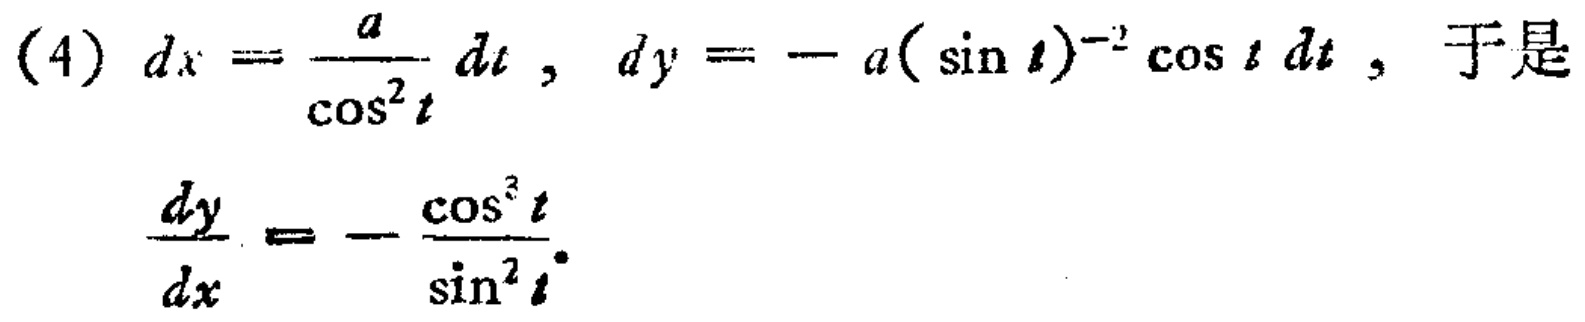
(4) \(dx = \frac{a}{\cos^{2}t} dt\), \(dy = -a(\sin t)^{-2}\cos t dt\), 于是
\(\frac{dy}{dx}=-\frac{\cos^{3}t}{\sin^{2}t}\)